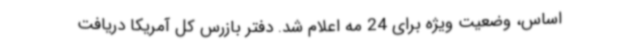
اساس، وضعیت ویژه برای 24 مه اعلام شد. دفتر بازرس کل آمریکا دریافت